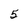
Character: 5